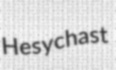
Hesychast